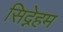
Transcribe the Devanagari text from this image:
सिद्नेहम